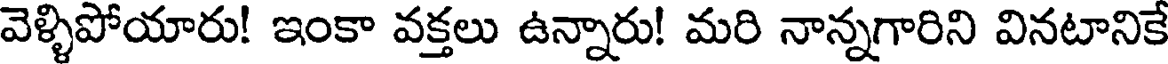
వెళ్ళిపోయారు! ఇంకా వక్తలు ఉన్నారు! మరి నాన్నగారిని వినటానికే